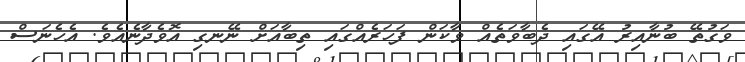
ވަގުތޭ ބުނާއިރު އޭގައި ދެބާވަތެއް ވާކަން ފަހަރެއްގައި ތިބާއަށް ނޭނގި އޮވެދާނެއެވެ. އެހެނަސް